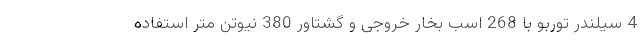
4 سیلندر توربو با 268 اسب بخار خروجی و گشتاور 380 نیوتن متر استفاده